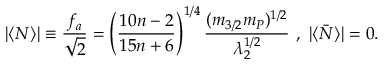
\vert \langle N \rangle \vert \equiv \frac { f _ { a } } { \sqrt { 2 } } = \left( \frac { 1 0 n - 2 } { 1 5 n + 6 } \right) ^ { 1 / 4 } \frac { ( m _ { 3 / 2 } m _ { P } ) ^ { 1 / 2 } } { \lambda _ { 2 } ^ { 1 / 2 } } ~ , ~ \vert \langle \bar { N } \rangle \vert = 0 .